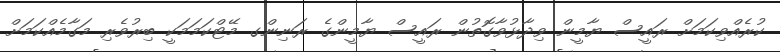
ކުރެއްވިކަމަށް ރައީސް ޔާމީން ވިދާޅުވާގޮތުން ރައީސް ޔާމީންގެ ރަނިންގ މޭޓްކަމަމަކީ ބިރުވެރި މަގާމެއްކަމަށް